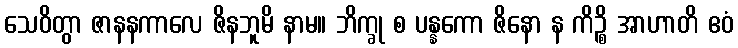
သေဝိတွာ ဇာနနကာလေ ဇိနဘူမိ နာမ။ ဘိက္ခု စ ပန္နကော ဇိနော န ကိဉ္စိ အာဟာတိ ဧဝံ